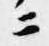
ニ